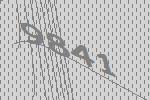
9841